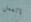
لاتعمل